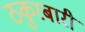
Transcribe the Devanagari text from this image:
ठकुरबारी